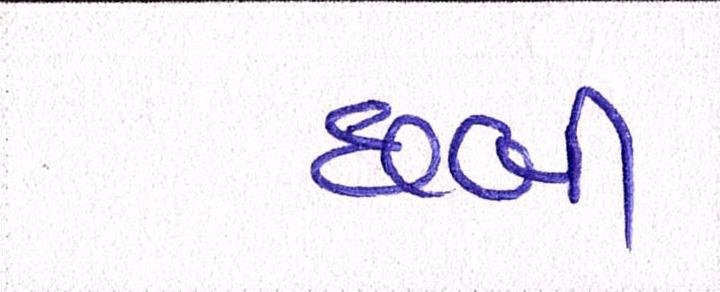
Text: છબિ